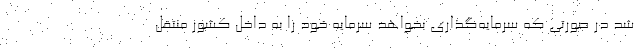
شد در صورتی که سرمایه‌گذاری بخواهد سرمایه خود را به داخل کشور منتقل